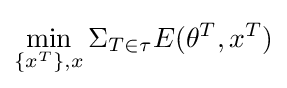
\min _{\{x^{T}\},x}\Sigma _{T\in \tau }E(\theta ^{T},x^{T})